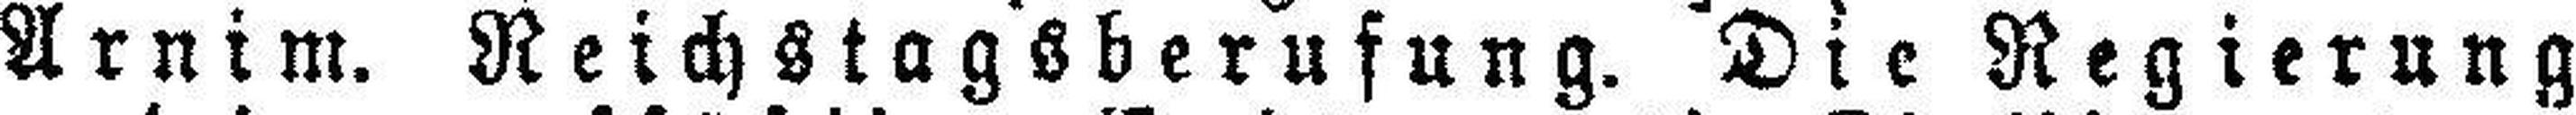
Arnim. Reichstagsberufung. Die Regierung